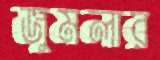
জুমলার